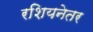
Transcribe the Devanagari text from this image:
रशियनेतर